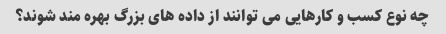
چه نوع کسب و کارهایی می توانند از داده های بزرگ بهره مند شوند؟